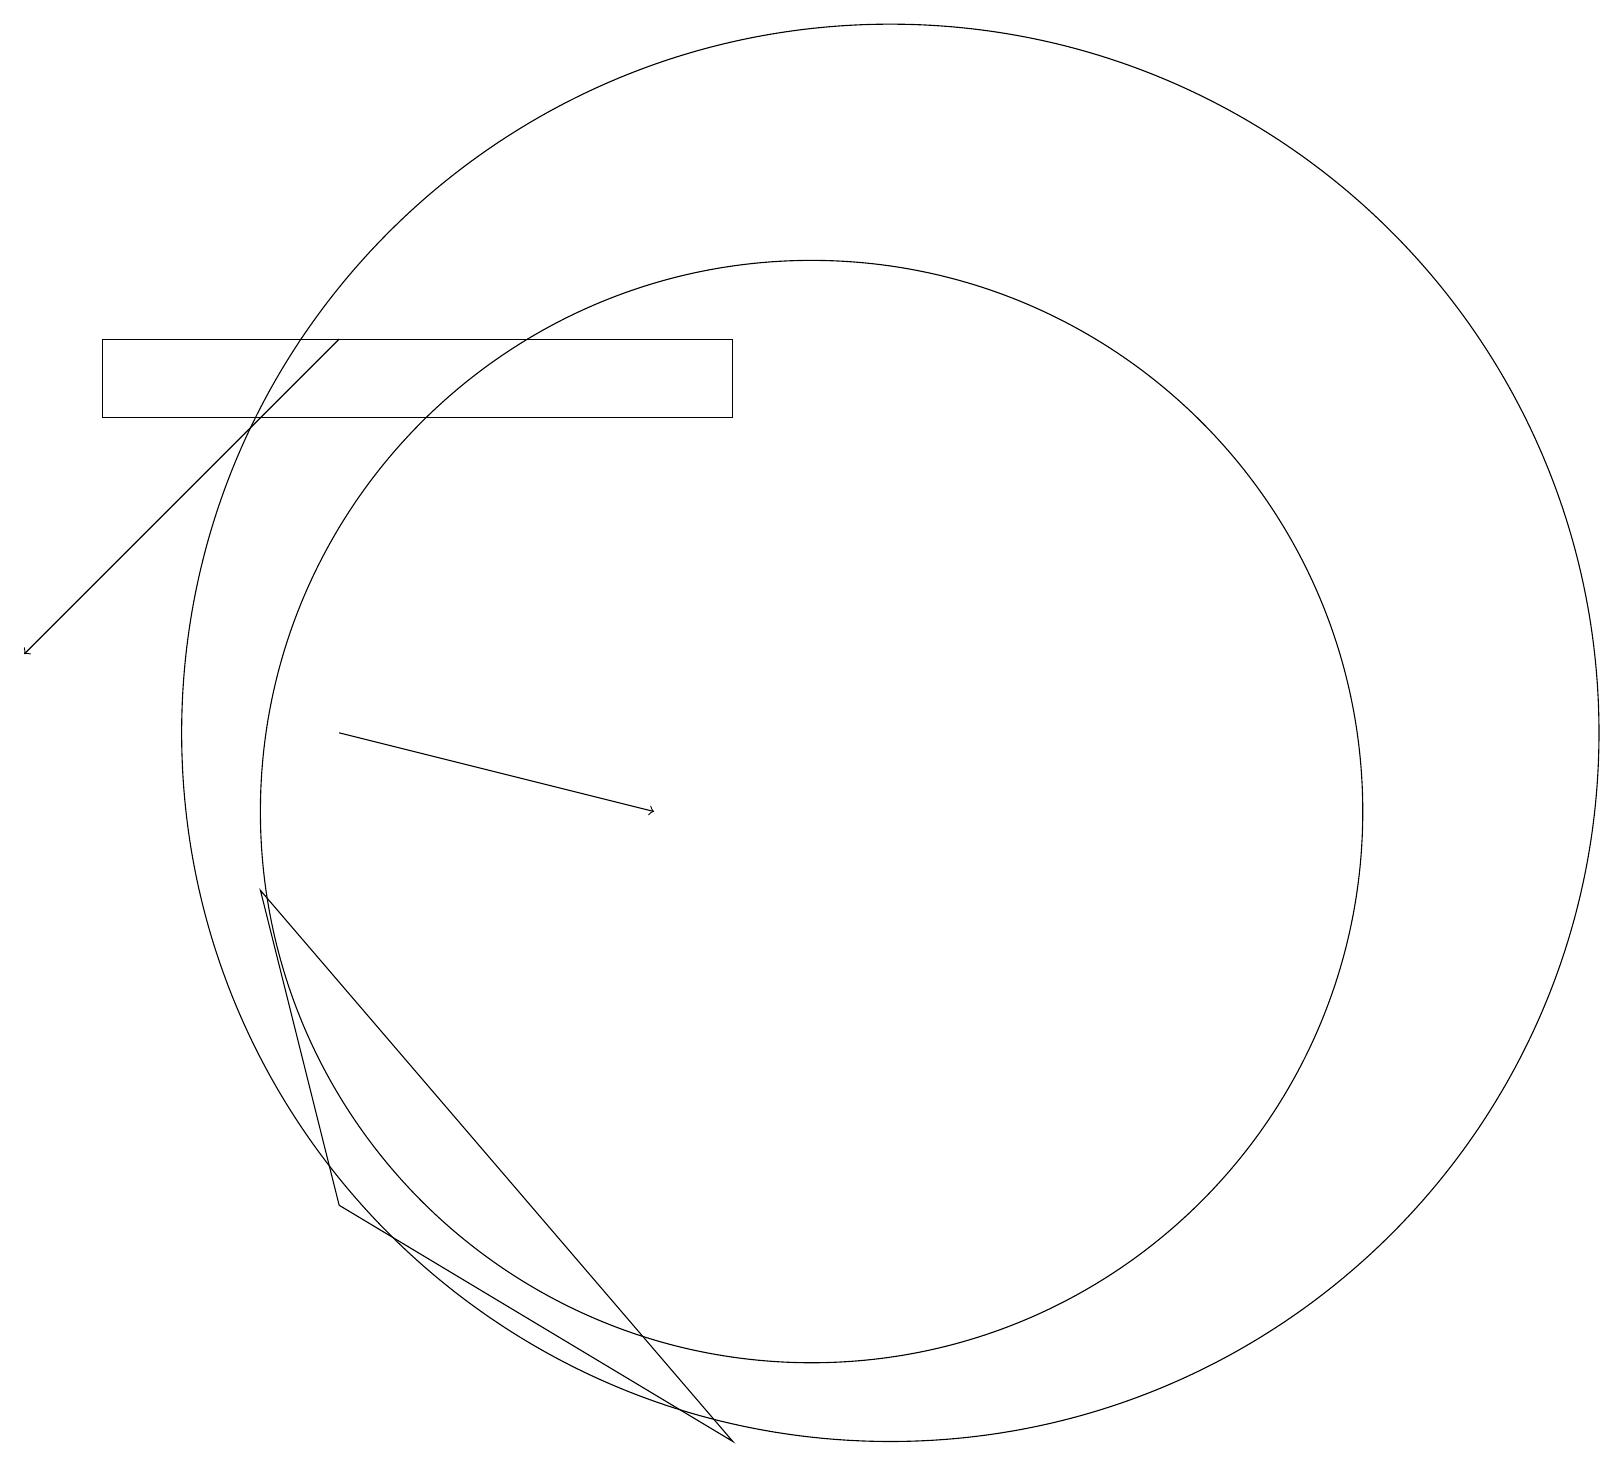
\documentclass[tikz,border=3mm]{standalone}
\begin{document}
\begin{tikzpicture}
\draw[->] (4,16) -- (0,12);
\draw (3,9) -- (4,5) -- (9,2) -- cycle;
\draw (1,16) rectangle (9,15);
\draw (11,11) circle (9);
\draw[->] (4,11) -- (8,10);
\draw (10,10) circle (7);
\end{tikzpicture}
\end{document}